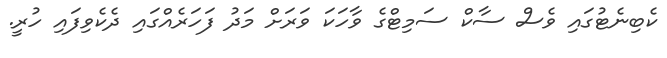
ކެބިނެޓުގައި ވެސް ސާކް ސަމިޓްގެ ވާހަކަ ވަރަށް މަދު ފަހަރެއްގައި ދެކެވިފައި ހުރީ.